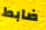
ضابط